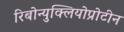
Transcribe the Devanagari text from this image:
रिबोन्युक्लियोप्रोटीन